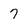
Character: 7